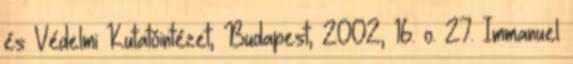
és Védelmi Kutatóintézet, Budapest, 2002, 16. o. 27. Immanuel